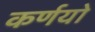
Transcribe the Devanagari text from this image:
कर्णयो